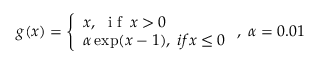
g ( x ) = \left\{ \begin{array} { l l } { x , \; \mathrm { ~ i ~ f ~ } \, x > 0 } \\ { \alpha \exp ( x - 1 ) , \; i f x \le 0 } \end{array} \right. , \; \alpha = 0 . 0 1